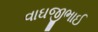
વાઘજીભાઈ